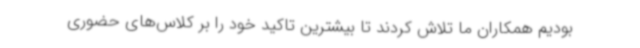
بودیم همکاران ما تلاش کردند تا بیشترین تاکید خود را بر کلاس‌های حضوری